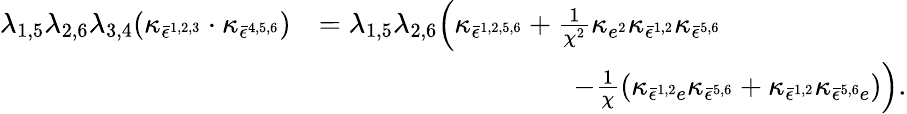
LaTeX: \begin{array}{rl}{\lambda_{1,5}\lambda_{2,6}\lambda_{3,4}(\kappa_{\bar{\epsilon}^{1,2,3}}\cdot\kappa_{\bar{\epsilon}^{4,5,6}})}&{=\lambda_{1,5}\lambda_{2,6}\Bigl(\kappa_{\bar{\epsilon}^{1,2,5,6}}+\frac{1}{\chi^{2}}\kappa_{e^{2}}\kappa_{\bar{\epsilon}^{1,2}}\kappa_{\bar{\epsilon}^{5,6}}}\\ &{\quad\quad\quad\quad\quad\quad\quad\quad\quad-\frac{1}{\chi}(\kappa_{\bar{\epsilon}^{1,2}e}\kappa_{\bar{\epsilon}^{5,6}}+\kappa_{\bar{\epsilon}^{1,2}}\kappa_{\bar{\epsilon}^{5,6}e})\Bigr).}\end{array}